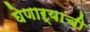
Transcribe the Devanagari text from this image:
घेणाऱ्याची